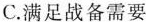
C.满足战备需要